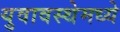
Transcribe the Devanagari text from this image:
युवावस्थेमध्ये